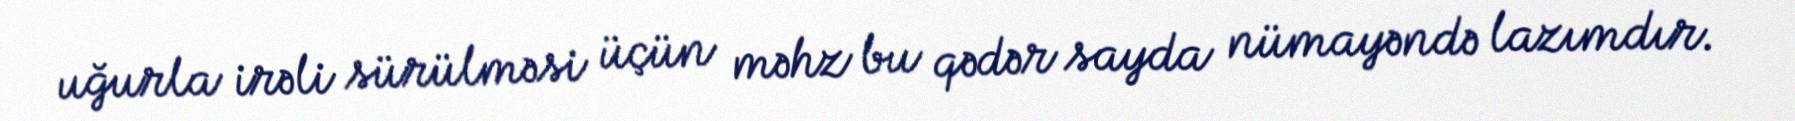
uğurla irəli sürülməsi üçün məhz bu qədər sayda nümayəndə lazımdır.